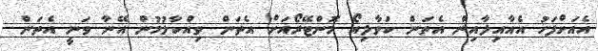
އެއަށްފަހު އެއާއިލާއިން އެތަން ކަވާލިއޯ މޮންޓޭރޯއަށް އެތަން ވިއްކާލުމުން އޭނާ ވަނީ އެތަން